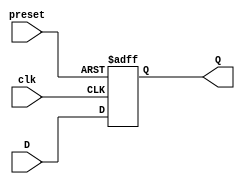
module async_preset_dff(
    input preset,
    input D,
    input clk,
    output reg Q
);

always @(posedge clk or posedge preset)
begin
    if (preset)
        Q <= 1'b1;
    else
        Q <= D;
end

endmodule